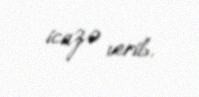
icazə verib.